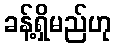
ခန့်ရှိမည်ဟု